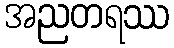
အညတရဿ